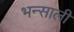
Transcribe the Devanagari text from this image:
भन्साली